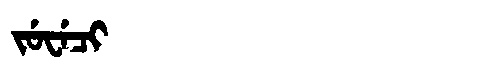
Manchu: ᠵᡠᠸᡝᠴᡳ
Romanization: JUWECI